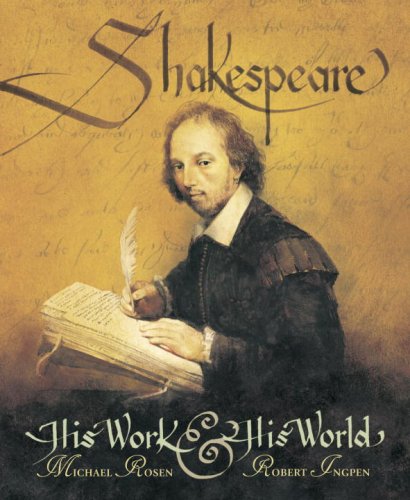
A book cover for Shakespeare: His Work and His World; Michael Rosen; Teen & Young Adult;